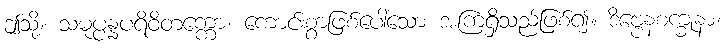
ဤသို့။ သမုပ္ပန္နပရိဝိတက္ကော၊ ကောင်းစွာဖြစ်ပေါ်သော အကြံရှိသည်ဖြစ်၍။ ဒိဗ္ဗေနစက္ခုနာ၊